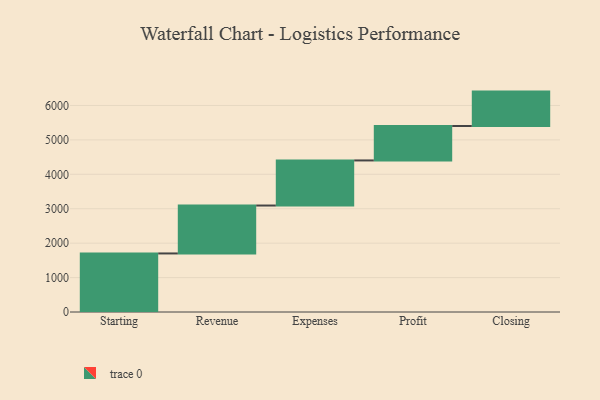
{"axis": {"x": "Step", "y": "Value"}, "legend": [""], "data": [{"x": "Starting", "y": 1701.0, "type": ""}, {"x": "Revenue", "y": 1392.0, "type": ""}, {"x": "Expenses", "y": 1310.0, "type": ""}, {"x": "Profit", "y": 1000, "type": ""}, {"x": "Closing", "y": 1000, "type": ""}]}